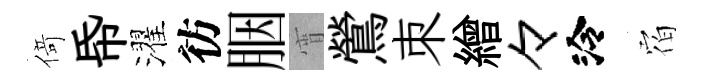
𠋣帋濯彷胭宵鶯朿繒々泠𪧐